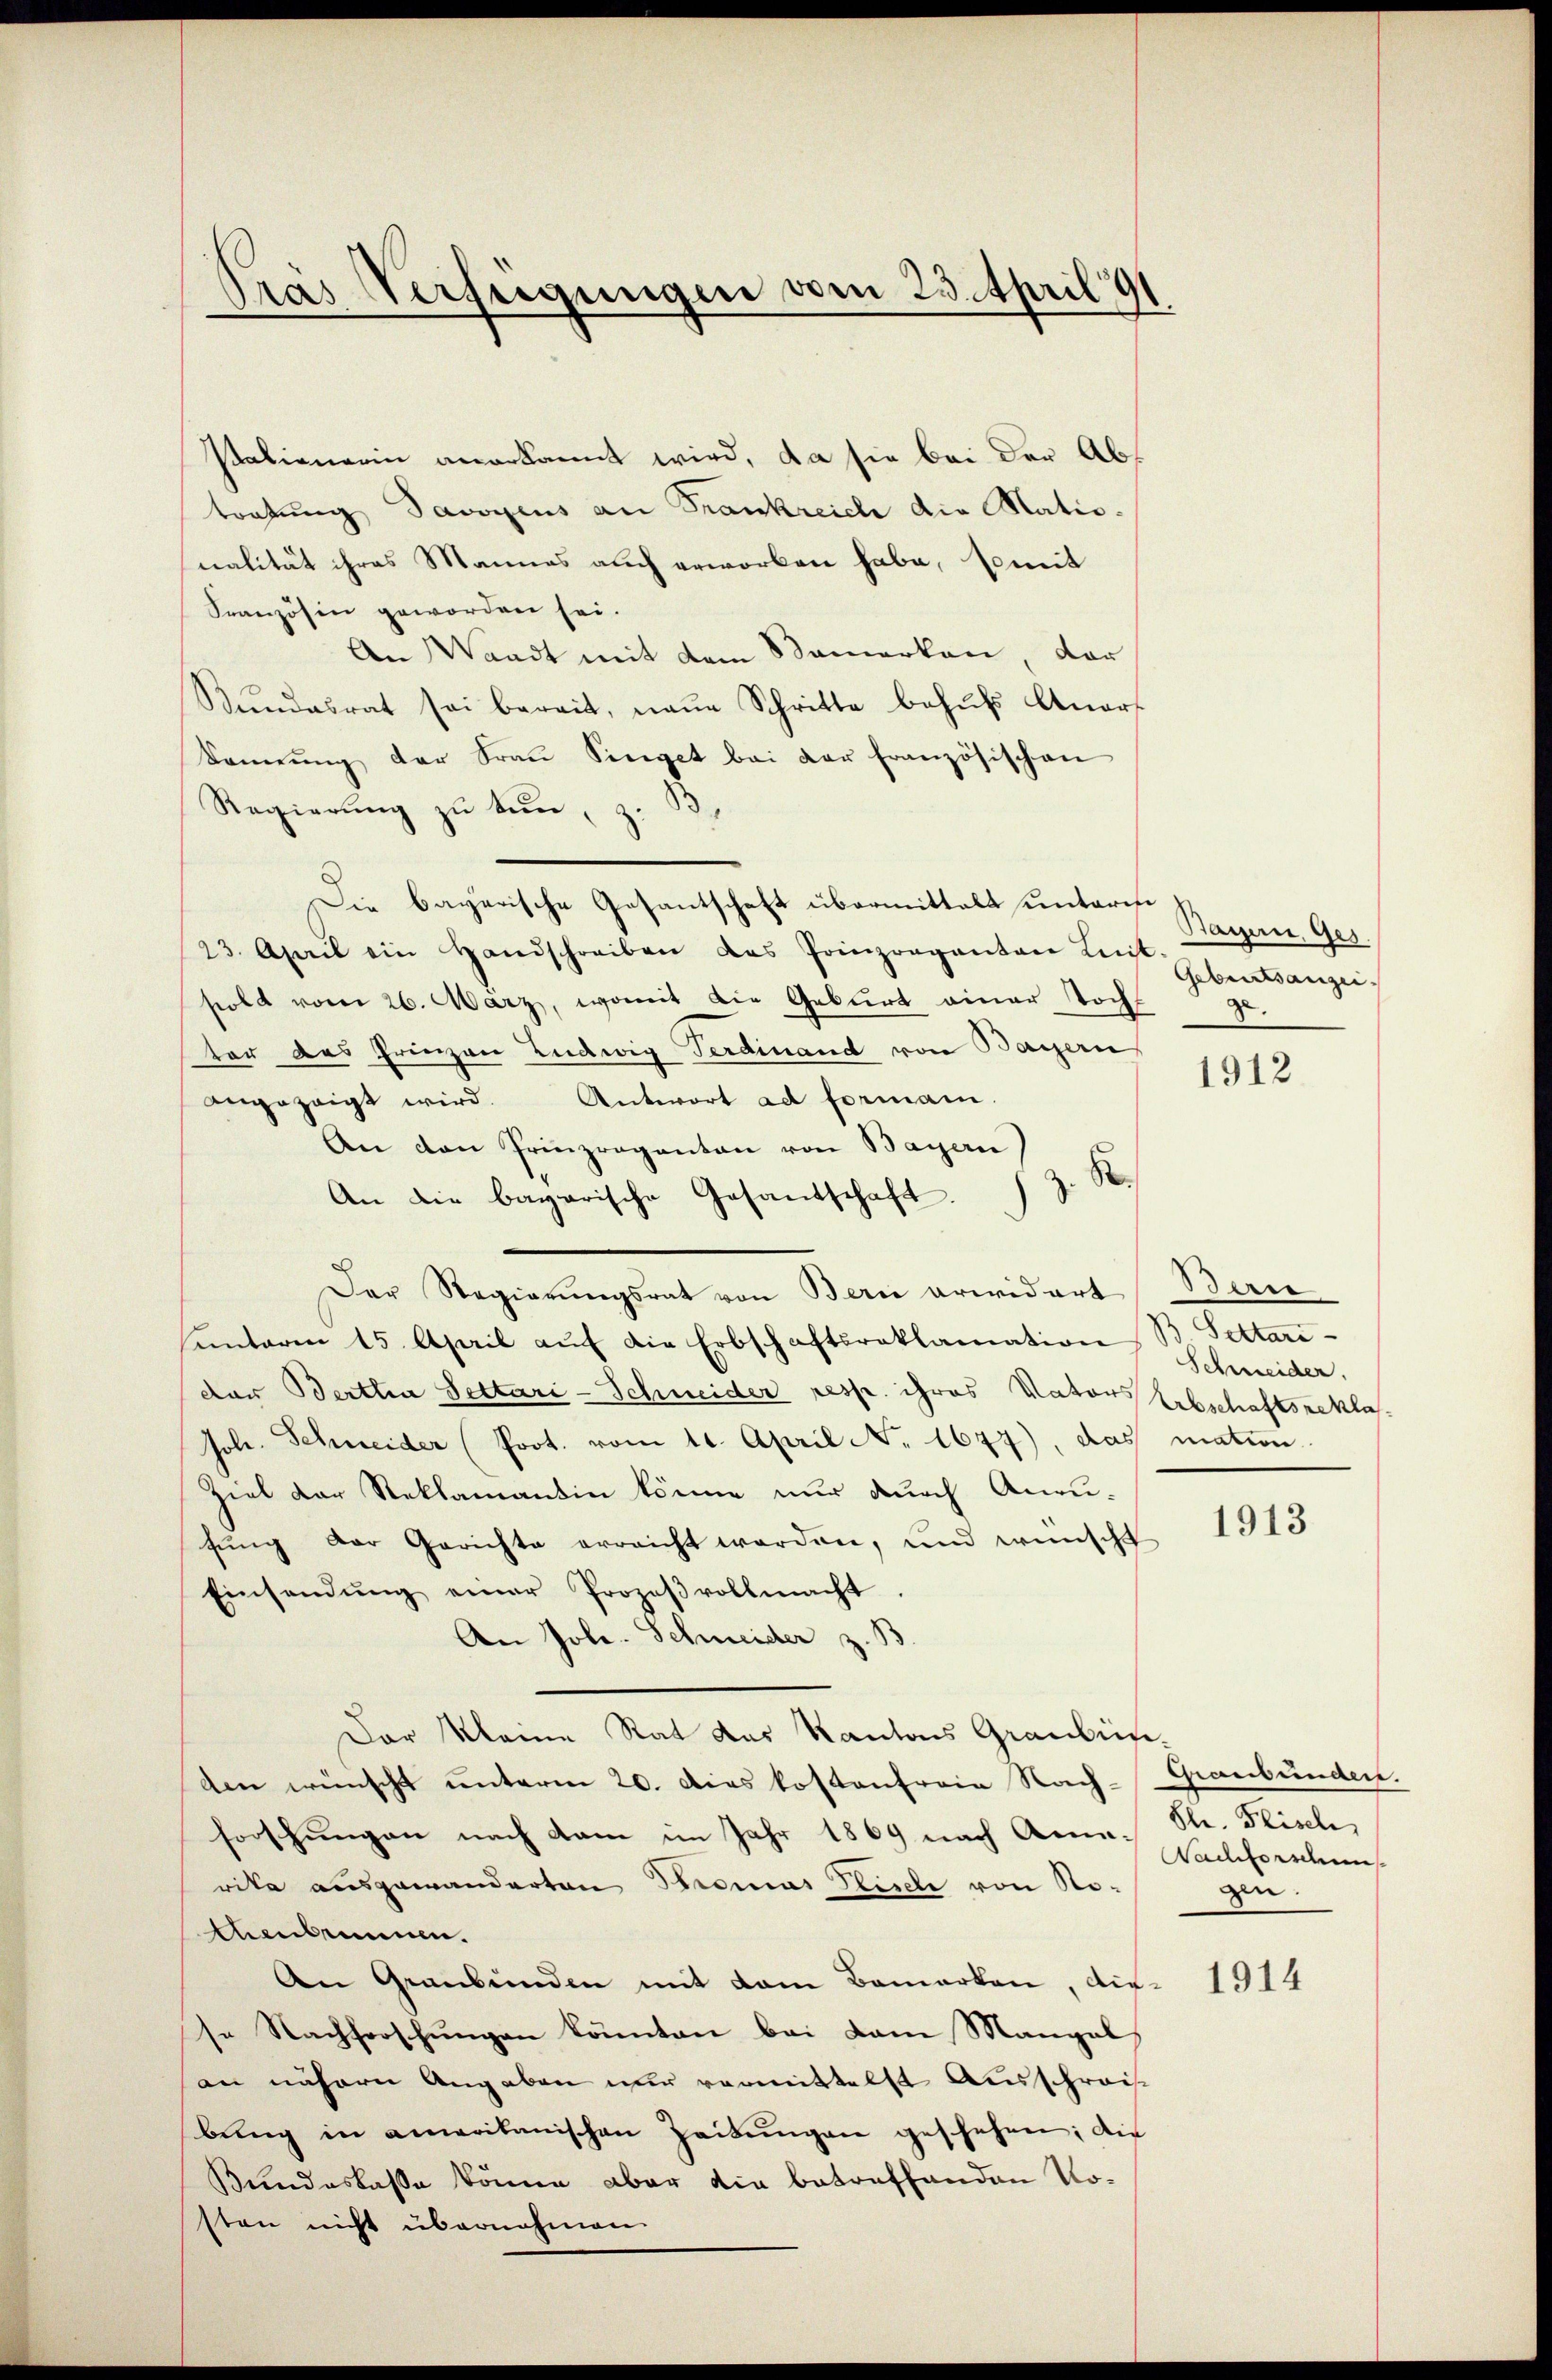
salienerin anerkannt wird, da sie bei der Abtratung Savoyens an Frankreich die Mationalität ihres Mannes auch erworben habe, somit
Französin geworden sei.
An Waadt mit dem Bemerken, dar
Stŭndesrat sei bereit, neŭe Schritte behŭfs Anor
Samŭng der Fraŭ Senget bei der französischen
Regierung zu tun, z. B.
Die bayerische Gesantschaft übermittalt untere
23. April ein Handschreiben das Prinzrepanton Lit.
solt vom 26. März, womit die Geburt einer Tocht ge
ter das Prinzen Ludwig Ferdinand von Bayern
angezeigt wird. Antwort ad formani-
An den Prinzrepanton von Bayern
z. R.
An die bagarische Gesandschaft.
Der Regierungsrat von Bern erwidert Bern
hantaren 15. April aŭf die Erbschaftsroklamation Schmeider.
der Bertha Settari-Schneider resp. ihres Nators Erbschaftsrekla¬
Joh. Schneider (Prot. vom 10. April No 1677), das mation
Ziel der Reklamantin könne nur durch Anrufŭng der Gerichte erreicht worden, und wünscht
Einsendŭng einer Prozeβvollmacht.
An Jole-Schmeider z. B
Der Meine Rat des Kantons Graubünden wünscht unterm 20. Dies kostenfreie Nach-
forschungen nach kam im Jahr 1869 nach Anm. St. Plisch,
rika ausgewanderten Stromas Plische von No-
tenbeinen.
An Graubünden mit dem Bemerken, die-
se Nachforschungen könnten bei kam Mangel
an nähern Angaben nur vermittelst Ausschreif
bŭng in amerikanischen Zeitŭngen geschehen; die
Bundeslasse könne, aber die betreffenden Nosten nicht übernahmen.

Cras Verfügungen vom 23. April 191

Bayern, Ges.
Geburtsanzei

1912

Selten.

1913

Graubünden.
Nachforschung
zu.

1914